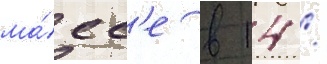
ма́сс'е в 14 /